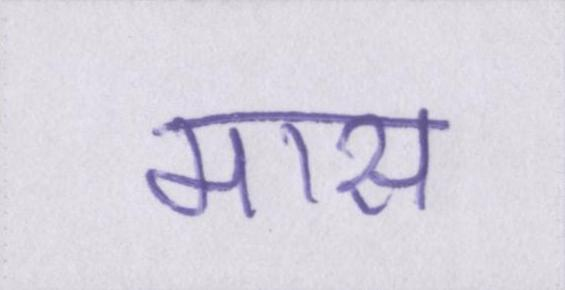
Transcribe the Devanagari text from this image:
मास